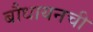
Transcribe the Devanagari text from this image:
बौधायनची